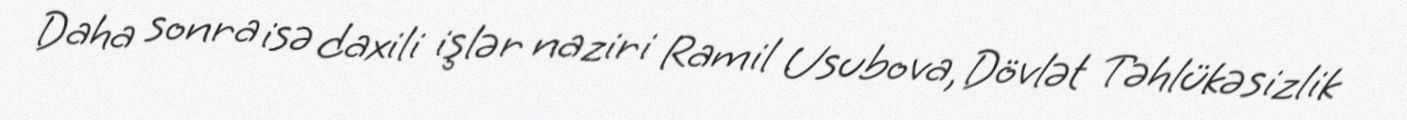
Daha sonra isə daxili işlər naziri Ramil Usubova, Dövlət Təhlükəsizlik